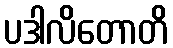
ပဒါလိတောတိ